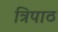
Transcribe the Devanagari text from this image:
त्रिपाठ